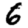
Digit: 6